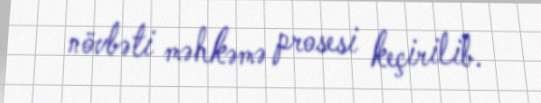
növbəti məhkəmə prosesi keçirilib.